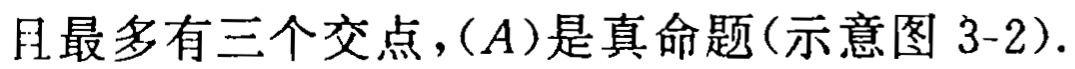
且最多有三个交点，\((A)\)是真命题(示意图 3-2).